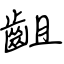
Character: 齟